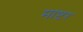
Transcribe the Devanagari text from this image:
माष्टर